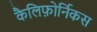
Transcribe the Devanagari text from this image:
कैलिफ़ोर्निकस